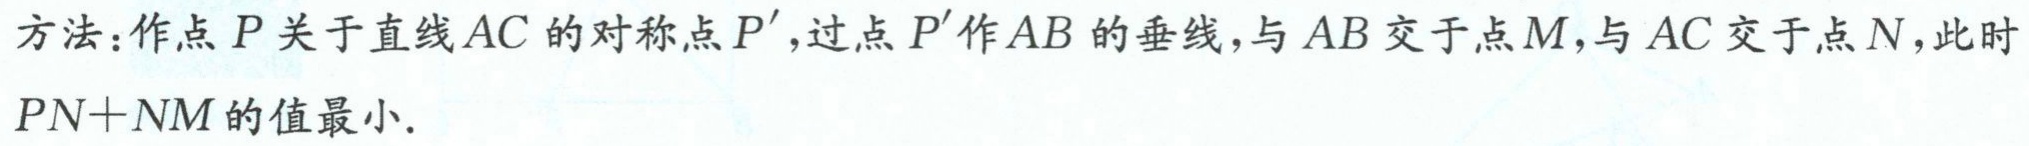
方法：作点 \(P\) 关于直线 \(AC\) 的对称点 \(P'\)，过点 \(P'\) 作 \(AB\) 的垂线，与 \(AB\) 交于点 \(M\)，与 \(AC\) 交于点 \(N\)，此时 \(PN + NM\) 的值最小.